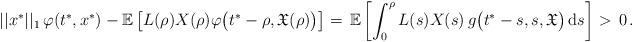
LaTeX: \begin{align*}\ ||x^*||_1\,\varphi(t^*,x^*) - \mathbb{E} \left[L(\rho)X(\rho)\varphi \big(t^*-\rho,\mathfrak{X}(\rho)\big)\right] =\, \mathbb{E} \left[\int_0^{\rho} L(s)X(s)\, g\big(t^*-s,s,\mathfrak{X}\big)\, \mathrm{d}s \right] >\, 0\,.\end{align*}